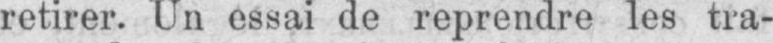
retirer. Un essai de reprendre les tra-